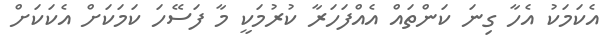
އެކަމަކު އެހާ ގިނަ ކަންތައް އެއްފަހަރާ ކުރުމަކީ މާ ފަސޭހަ ކަމަކަށް އެކަކަށް